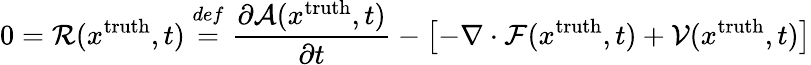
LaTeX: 0=\mathcal{R}(x^{\mathrm{{truth}}},t)\overset{def}{=}\frac{\partial\mathcal{A}(x^{\mathrm{{truth}}},t)}{\partial t}-\left[-\nabla\cdot\mathcal{F}(x^{\mathrm{{truth}}},t)+\mathcal{V}(x^{\mathrm{{truth}}},t)\right]